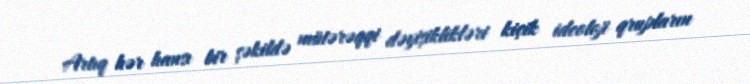
Artıq hər hansı bir şəkildə mütərəqqi dəyişiklikləri kiçik ideoloji qrupların